Vaccination Hyderabad 1872-1889 - 1872-1889
Year: 1872
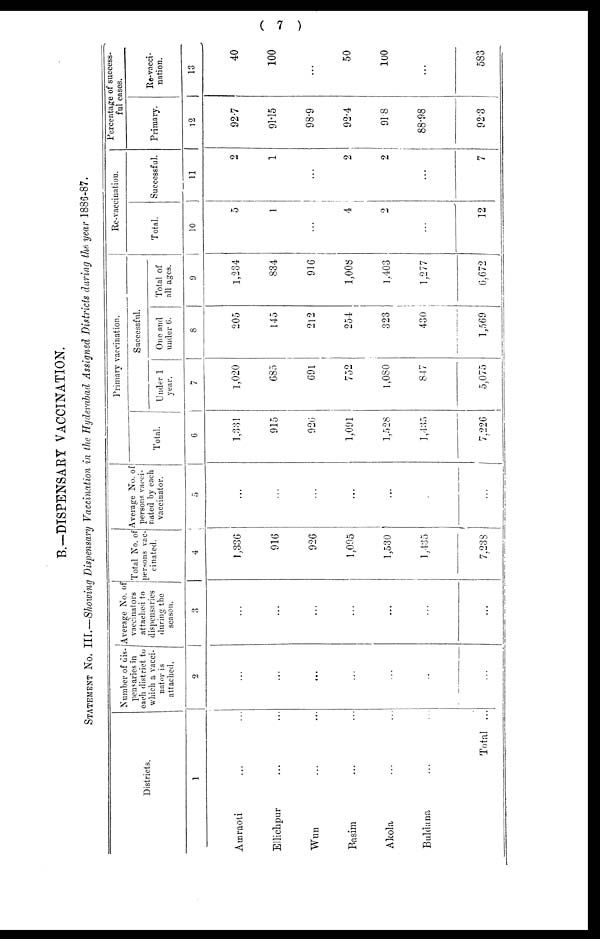
( 7 )
B.—DISPENSARY VACCINATION.
STATEMENT NO. III.—Showing Dispensary Vaccination in the Hyderabad Assigned Districts during the. year 1886-87.
Districts.
1
Amraoti ...
Ellichpur ...
Wun ...
Basim ...
Akola ...
Buldana ...
Total ...
Number of dis-
pensaries in
each district to
which a vacci-
nator is
attached.
2
...
...
...
...
...
...
...
Average No. of
vaccinators
attached to
dispensaries
during the
season.
3
...
...
...
...
...
...
...
Total No. of
persons vac-
cinated.
4
1,336
916
926
1,095
1,530
1,435
7,238
Average No. of
persons vacci-
nated by each
vaccinator.
5
...
...
...
...
...
...
...
Primary vaccination.
Total.
6
1,331
915
926
1,091
1,528
1,435
7,226
Successful.
Under 1
year.
7
1,020
685
691
752
1,080
847
5,075
One and
under 6.
8
205
145
212
254
323
430
1,569
Total of
all ages.
9
1,234
834
916
1,008
1,403
1,277
6,672
Re-vaccination.
Total.
10
5
1
...
4
2
...
12
Successful.
11
2
1
...
2
2
...
7
Percentage of success-
ful cases.
Primary.
12
92.7
91.15
98.9
92.4
91.8
88.98
92.3
Re-vacci-
nation.
13
40
100
...
50
100
...
583